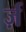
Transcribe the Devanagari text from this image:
र्ज़